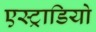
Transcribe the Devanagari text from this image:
एस्ट्राडियो